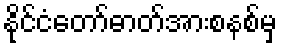
နိုင်ငံတော်ဓာတ်အားစနစ်မှ